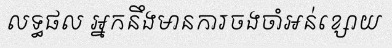
លទ្ធផល អ្នកនឹងមានការចងចាំអន់ខ្សោយ